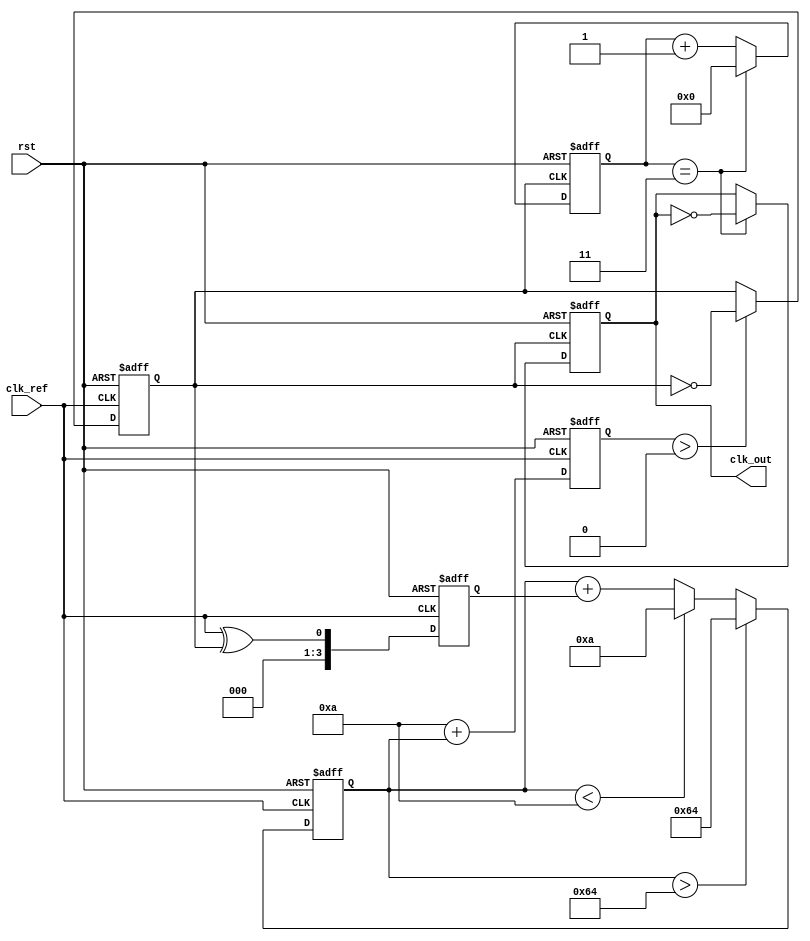
module PLL (
    input wire clk_ref,         // Reference clock input
    input wire rst,             // Reset signal
    output reg clk_out          // PLL output clock
);

    // Parameters
    parameter N = 4;            // Division ratio
    parameter VCO_MAX_FREQ = 100; // Max VCO frequency
    parameter VCO_MIN_FREQ = 10;  // Min VCO frequency

    // Internal signals
    reg [3:0] phase_error;      // Phase error signal from phase detector
    reg [7:0] control_voltage;   // Control voltage for VCO
    reg [7:0] vco_freq;          // Current VCO frequency
    reg [N-1:0] divider_count;   // Frequency divider count
    reg vco_output;              // VCO output signal

    // Phase Detector (PD)
    always @(posedge clk_ref or posedge rst) begin
        if (rst) begin
            phase_error <= 0;
        end else begin
            // Simple XOR phase detector
            phase_error <= clk_ref ^ vco_output;
        end
    end

    // Loop Filter (LF)
    always @(posedge clk_ref or posedge rst) begin
        if (rst) begin
            control_voltage <= 0;
        end else begin
            // Simple proportional control for loop filter
            control_voltage <= control_voltage + phase_error;
            // Clamp control voltage to VCO range
            if (control_voltage > VCO_MAX_FREQ) begin
                control_voltage <= VCO_MAX_FREQ;
            end else if (control_voltage < VCO_MIN_FREQ) begin
                control_voltage <= VCO_MIN_FREQ;
            end
        end
    end

    // Voltage-Controlled Oscillator (VCO)
    always @(posedge clk_ref or posedge rst) begin
        if (rst) begin
            vco_freq <= VCO_MIN_FREQ;
            vco_output <= 0;
        end else begin
            // Adjust VCO frequency based on control voltage
            vco_freq <= VCO_MIN_FREQ + control_voltage;
            // Generate VCO output based on frequency
            if (vco_freq > 0) begin
                vco_output <= ~vco_output; // Toggle output for simplicity
            end
        end
    end

    // Frequency Divider
    always @(posedge vco_output or posedge rst) begin
        if (rst) begin
            divider_count <= 0;
            clk_out <= 0;
        end else begin
            if (divider_count == N-1) begin
                clk_out <= ~clk_out; // Toggle output clock
                divider_count <= 0;   // Reset count
            end else begin
                divider_count <= divider_count + 1; // Increment count
            end
        end
    end

endmodule